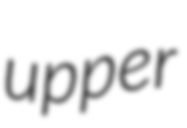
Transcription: upper